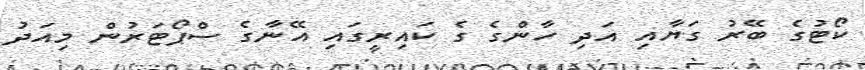
ކޯޓުގެ ބޭރު ގަޔާއި އަދި ހާންގެ ގެ ކައިރީގައި އޭނާގެ ސްޕޯޓަރުން މިއަދު